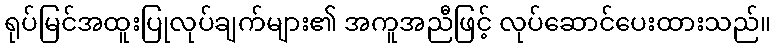
ရုပ်မြင်အထူးပြုလုပ်ချက်များ၏ အကူအညီဖြင့် လုပ်ဆောင်ပေးထားသည်။